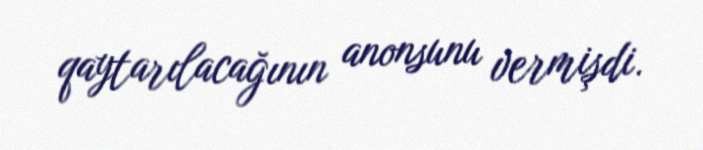
qaytarılacağının anonsunu vermişdi.